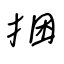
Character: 捆